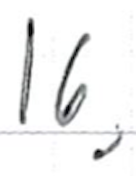
Text: 16,
Cross-out: clean
Writing tool: ballpoint